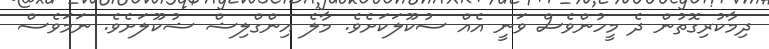
ދިމާކުރިގޮތުން ދެ މީހުންވެސް ވަނީ އެއް ސުކޫލަކަށެވެ. މާލެ އިންގްލިޝް ޝުކޫލަށެވެ. ނަމަވެސް